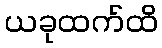
ယခုထက်ထိ